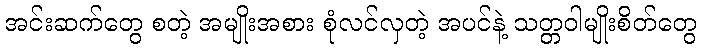
အင်းဆက်တွေ စတဲ့ အမျိုးအစား စုံလင်လှတဲ့ အပင်နဲ့ သတ္တဝါမျိုးစိတ်တွေ